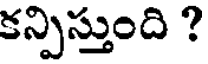
కన్పిస్తుంది ?